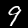
Label: 9